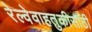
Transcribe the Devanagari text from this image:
रेल्वेवाहतुकीसाठी